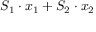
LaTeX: S _ { 1 } \cdot x _ { 1 } + S _ { 2 } \cdot x _ { 2 }